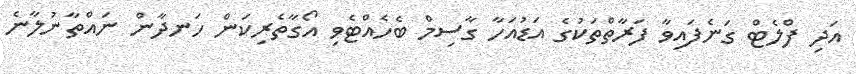
އަދި ފްލެޓް ގަނެފައިވާ ފަރާތްތަކުގެ އަޑުއަހާ ގާސިމް ބެހެއްޓެވި އޯގާތެރިކަން ހަނދާން ނައްތާނުލާނެ